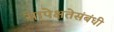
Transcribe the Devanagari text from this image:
सापेक्षतेसंबंधी